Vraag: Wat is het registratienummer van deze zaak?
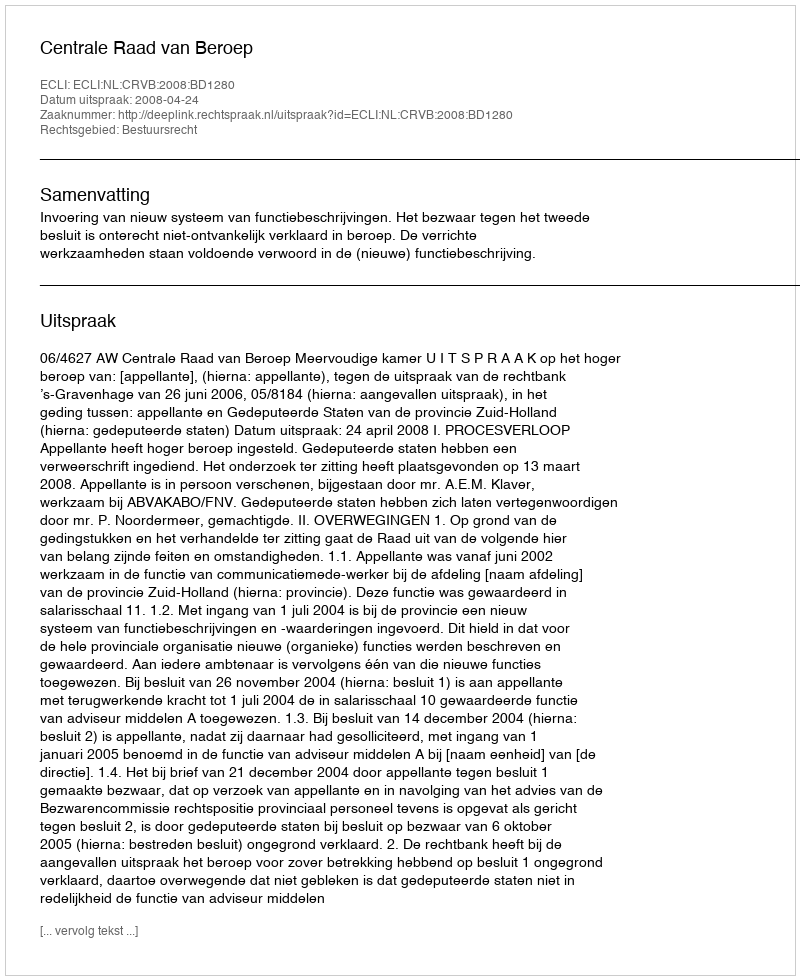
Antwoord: http://deeplink.rechtspraak.nl/uitspraak?id=ECLI:NL:CRVB:2008:BD1280